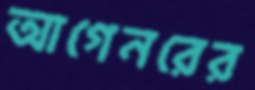
আগেনরের